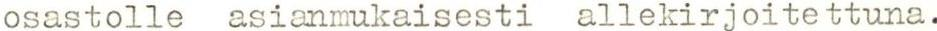
osastolle asianmukaisesti allekirjoitettuna.